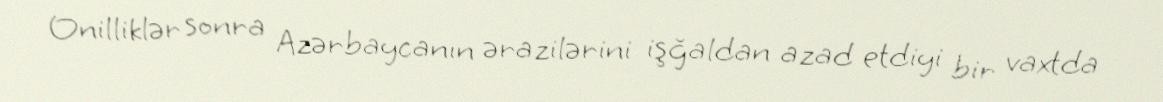
Onilliklər sonra Azərbaycanın ərazilərini işğaldan azad etdiyi bir vaxtda